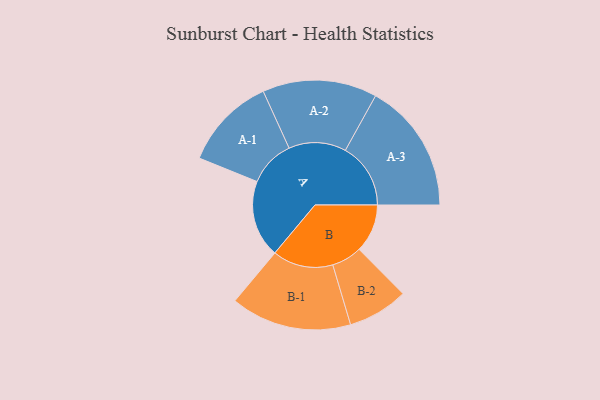
{"axis": {"x": "Segment", "y": "Value"}, "legend": ["", "A", "B"], "data": [{"x": "A", "y": 337, "type": ""}, {"x": "B", "y": 211, "type": ""}, {"x": "A-1", "y": 203, "type": "A"}, {"x": "A-2", "y": 250, "type": "A"}, {"x": "A-3", "y": 285, "type": "A"}, {"x": "B-1", "y": 264, "type": "B"}, {"x": "B-2", "y": 132, "type": "B"}]}